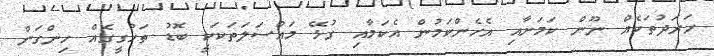
ހަރަދުތަކެއް ނޫން ކަަމަށާއި އެހެންކަމުން އެކަމާއި ގުޅޭ މައްސަލަތަކަކީ ބޮޑު ތަހުގީގެއް ހިންގަން